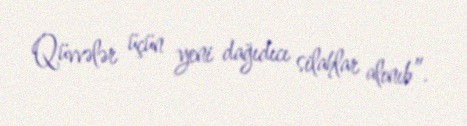
Qüvvələr üçün yeni dağıdıcı silahlar alınıb”.